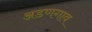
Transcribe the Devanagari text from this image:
अडणगाव